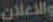
والاعلان